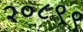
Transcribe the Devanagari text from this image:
२०८९९